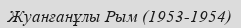
Жуанғанұлы Рым (1953-1954)